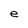
Character: e